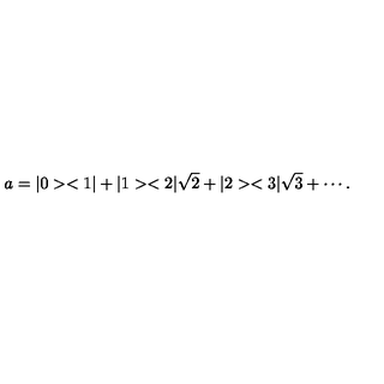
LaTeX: a = | 0 > < 1 | + | 1 > < 2 | \sqrt { 2 } + | 2 > < 3 | \sqrt { 3 } + \cdots .